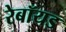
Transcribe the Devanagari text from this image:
रेबॉयड